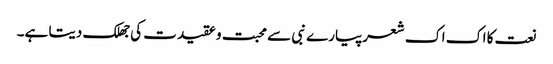
نعت کا اک اک شعرپیارے نبی سے محبت و عقیدت کی جھلک دیتا ہے۔